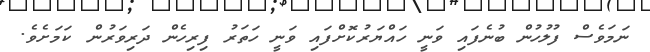
ނަމަވެސް ފުލުހުން ބުނެފައި ވަނީ ހައްޔަރުކޮށްފައި ވަނީ ހަތަރު ފިރިހެން ދަރިވަރުން ކަމަށެވެ.